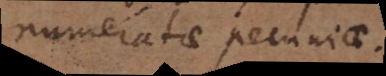
numeratae pecuniae.